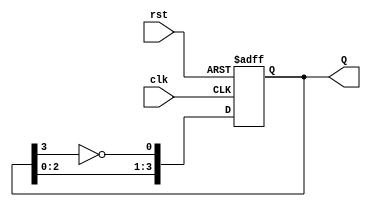
module modified_johnson_counter #(
    parameter N = 4  // Number of flip-flops
)(
    input wire clk,   // Clock signal
    input wire rst,   // Asynchronous reset signal
    output reg [N-1:0] Q // Output state of the counter
);

// Internal signal for the feedback
wire feedback;

// Assign feedback as the inverted output of the last flip-flop
assign feedback = ~Q[N-1];

// Always block for the counter logic
always @(posedge clk or posedge rst) begin
    if (rst) begin
        // Reset the counter to all zeros
        Q <= 0;
    end else begin
        // Shift the counter and apply feedback
        Q <= {Q[N-2:0], feedback};
    end
end

endmodule